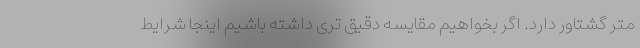
متر گشتاور دارد. اگر بخواهیم مقایسه دقیق تری داشته باشیم اینجا شرایط